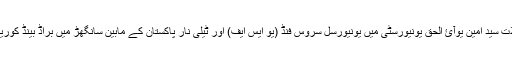
اسلام آباد: وفاقی وزیر برائے آئی ٹی اور ٹیلی مواصلات سید امین یوآئ الحق یونیورسٹی میں یونیورسل سروس فنڈ (یو ایس ایف) اور ٹیلی نار پاکستان کے مابین سانگھڑ میں براڈ بینڈ کوریج کی معاہدہ پر دستخط کرنے کی گواہی دیتے ہوئے۔